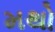
મથો